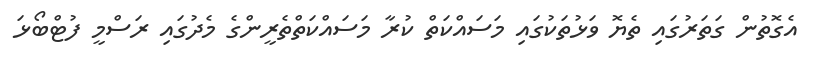
އެގޮތުން ގަތަރުގައި ތެޔޮ ވަޅުތަކުގައި މަސައްކަތް ކުރާ މަސައްކަތްތެރީންގެ މެދުގައި ރަސްމީ ފުޓްބޯޅަ